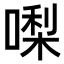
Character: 𠼝